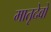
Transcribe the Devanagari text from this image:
मातृदेवो